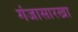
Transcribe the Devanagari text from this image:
गंजासारखा